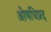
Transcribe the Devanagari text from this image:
ओषधिप्रद